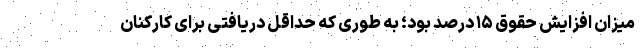
میزان افزایش حقوق ۱۵ درصد بود؛ به طوری که حداقل دریافتی برای کارکنان